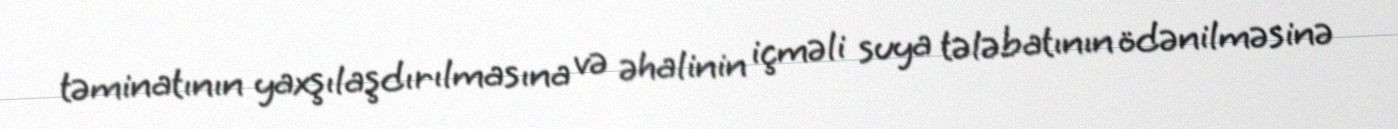
təminatının yaxşılaşdırılmasına və əhalinin içməli suya tələbatının ödənilməsinə